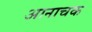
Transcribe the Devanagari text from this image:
आनाचक